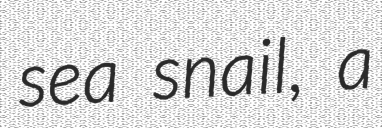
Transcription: sea snail, a